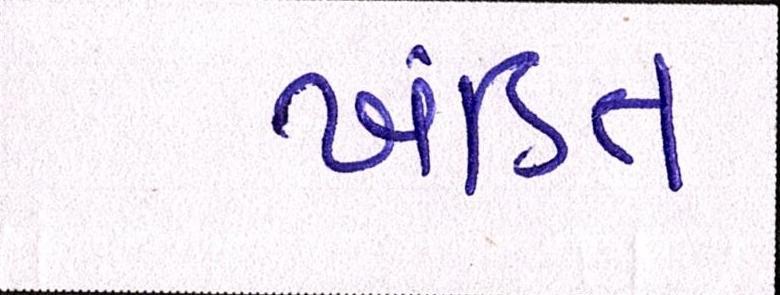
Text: ખંડિત